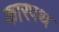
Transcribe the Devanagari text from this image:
कारपथ